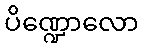
ပိဏ္ဍောလော